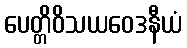
ပေတ္တိဝိသယဝေဒနီယံ